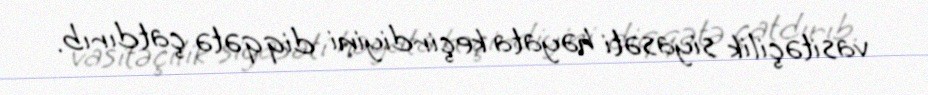
vasitəçilik siyasəti həyata keçirdiyini diqqətə çatdırıb.